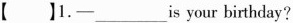
【 】1.-___s your birthday?